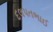
દલપતભાઈ